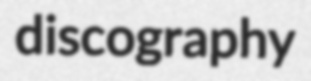
discography